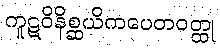
ကူဋဝိနိစ္ဆယိကပေတဝတ္ထု